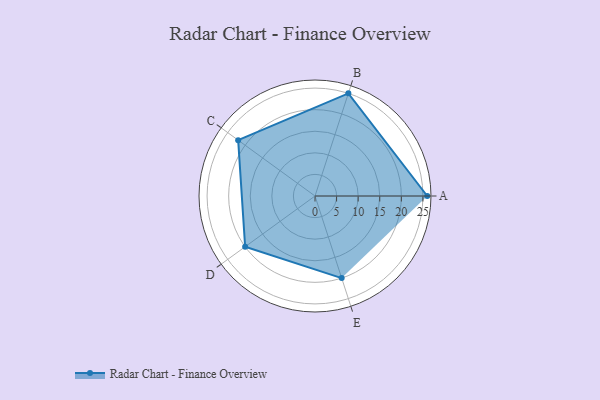
{"axis": {"x": "Skill", "y": "Score"}, "legend": ["Profile"], "data": [{"x": "A", "y": 26.0, "type": "Profile"}, {"x": "B", "y": 25.0, "type": "Profile"}, {"x": "C", "y": 22.0, "type": "Profile"}, {"x": "D", "y": 20, "type": "Profile"}, {"x": "E", "y": 20, "type": "Profile"}]}